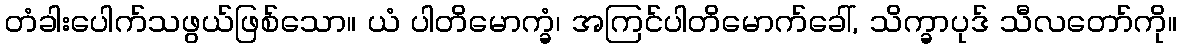
တံခါးပေါက်သဖွယ်ဖြစ်သော။ ယံ ပါတိမောက္ခံ၊ အကြင်ပါတိမောက်ခေါ်, သိက္ခာပုဒ် သီလတော်ကို။